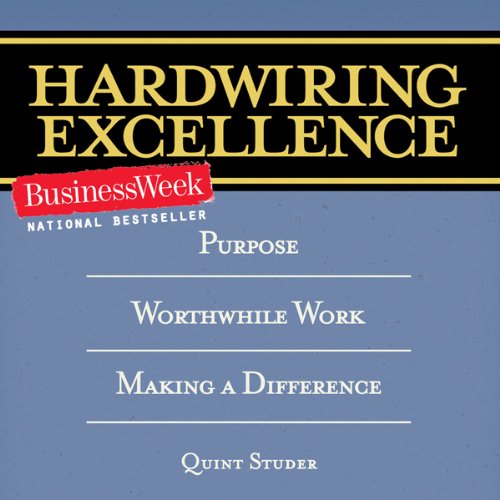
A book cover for Hardwiring Excellence: Purpose, Worthwhile Work, Making a Difference; Quint Studer; Medical Books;